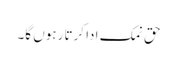
حق نمک ادا کرتا رہوں گا۔